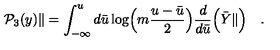
{ \cal P } _ { 3 } ( y ) \| = \int _ { - \infty } ^ { u } d { \bar { u } } \log \Bigl ( m \frac { u - { \bar { u } } } { 2 } \Bigr ) \frac { d } { d { \bar { u } } } \Bigl ( { \bar { Y } } \| \Bigr ) \quad .